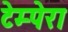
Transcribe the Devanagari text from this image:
टेम्पेरा